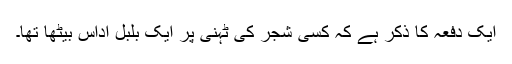
ایک دفعہ کا ذکر ہے کہ کسی شجر کی ٹہنی پر ایک بلبل اداس بیٹھا تھا۔